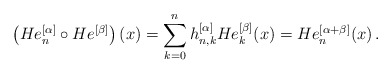
\begin{align*}\left( He_n^{[\alpha]}\circ He^{[\beta]}\right) (x)=\sum\limits_{k=0}^{n} h^{[\alpha]}_{n,k}He^{[\beta]}_k(x)=He_n^{[\alpha+\beta]}(x)\,.\end{align*}